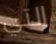
التي